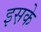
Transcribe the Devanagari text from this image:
इस़के